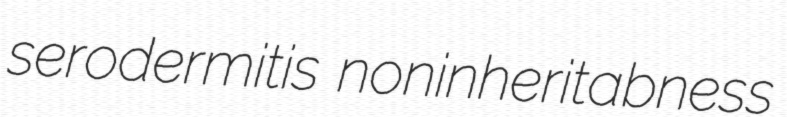
serodermitis noninheritabness